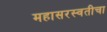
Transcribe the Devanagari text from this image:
महासरस्वतीचा